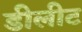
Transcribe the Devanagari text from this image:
डीलीट